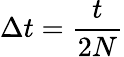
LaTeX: \Delta t=\frac{t}{2N}